Leningradi_Edasi_toimetus, lk 10
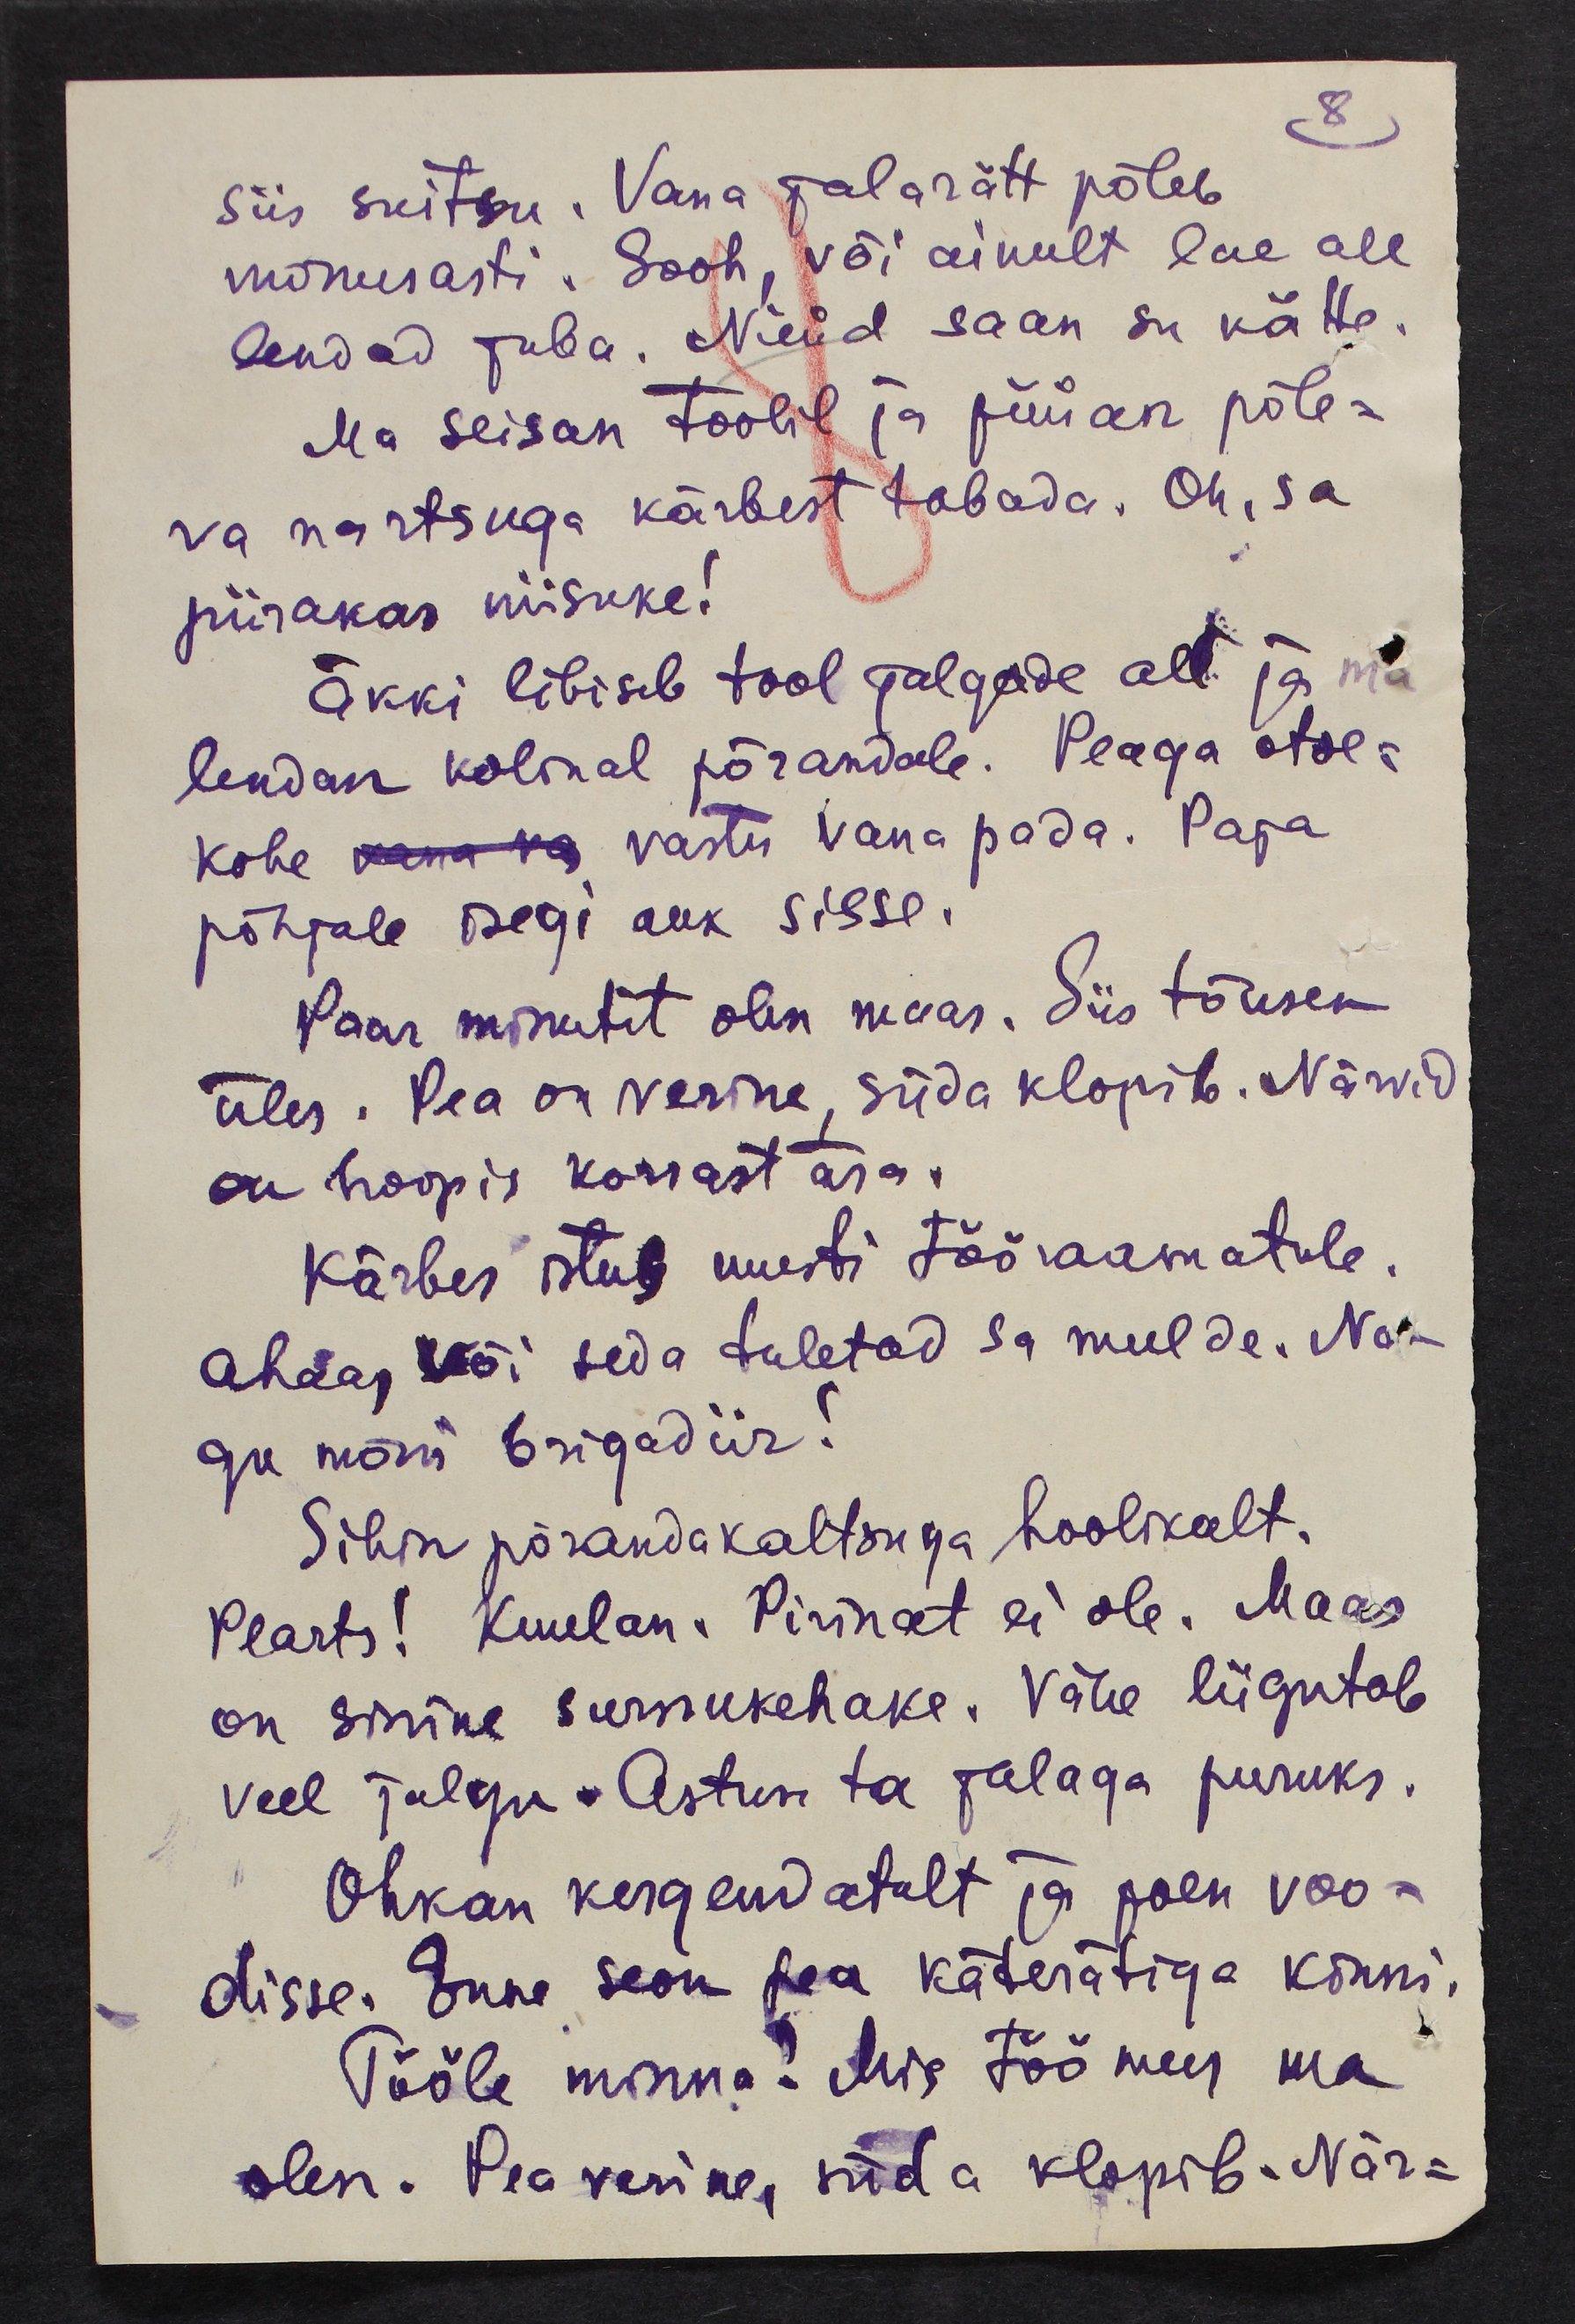
8

siis suitsu. Vana jalarätt põleb
mõnusasti. Sooh, või ainult lae all
lendad juba. Nüüd saan su kätte
Ma seisan toolil ja püüan põle-
va nartsuga kärbest tabada. Oh, sa
piirakas niisuke!
Äkki libiseb tool jalgade all ja ma
lendan kolinal põrandale. Peaga otse-
kohe vana va vastu vana pada. Paja
põhjale isegi auk sisse.
Paar minutit olen maas. Siis tõusen
üles. Pea on verine, süda klopib. Närvid
on hoopis korrast ära.
Kärbes istub uuesti tööraamatule.
ahaa, või seda tuletad sa meelde. Na-
gu mõni brigadiir!
Sihin põrandakaltsuga hoolikalt,
Plarts! Kuulan. Pirinat ei ole. Maas
on sinine surnukehake. Vähe liigutab
veel jalgu. Astun ta jalaga puruks.
Ohkan kergendatult ja poen voo-
disse. Enne seon pea käterätiga kinni,
Tööle minna! Mis töö mees ma
olen. Pea verine, süda klopib. När-